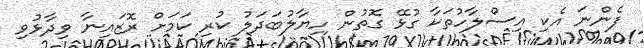
ފެންނަ އެކި އިސްލާހުތަކާ ގުޅޭ ގޮތުން ހިޔާލުބަދަލު ކުރި ކަމަށް ރޮޒައިނާ ވިދާޅުވި